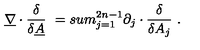
\underline { { \nabla } } \cdot \frac { \delta } { \delta \underline { { A } } } \ = s u m _ { j = 1 } ^ { 2 n - 1 } \partial _ { j } \cdot \frac { \delta } { \delta A _ { j } } \ .